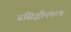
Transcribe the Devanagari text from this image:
प्रसिद्धीनंतरच